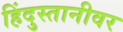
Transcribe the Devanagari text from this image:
हिंदुस्तानीवर